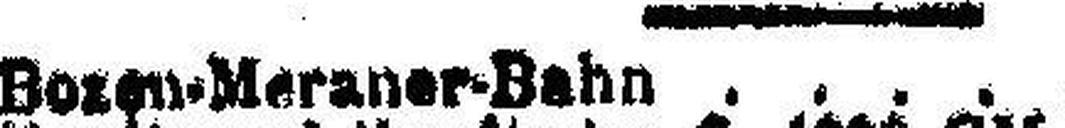
Bozen-Meraner-Bahn